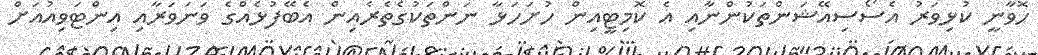
ހޮވާނީ ކުޅިވަރު އެސޯސިއޭޝަންތަކުންނާއި އެ ކޮމިޓީއިން ހުށަހަޅާ ނަންތަކުގެތެރެއިން އެބޭފުޅެއްގެ ވަނަވަރާއި އިންޓަވިއުއަށް